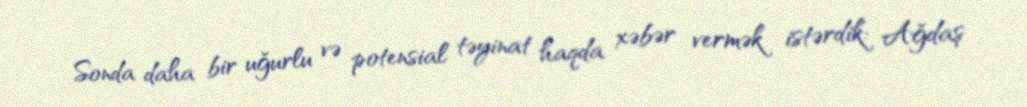
Sonda daha bir uğurlu və potensial təyinat haqda xəbər vermək istərdik: Ağdaş